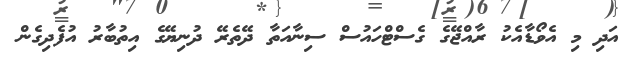
އަދި މި އެވޯޑާއެކު ރާއްޖޭގެ ގެސްޓްހައުސް ސިނާއަތާ ދޭތެރޭ ދުނިޔޭގެ އިތުބާރު އުފެދިގެން